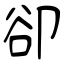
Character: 卻